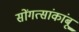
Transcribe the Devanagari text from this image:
सोंगत्सांकांबू